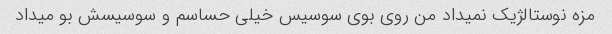
مزه نوستالژیک نمیداد من روی بوی سوسیس خیلی حساسم و سوسیسش بو میداد